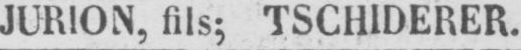
JURION, fils; TSCHIDERER.